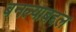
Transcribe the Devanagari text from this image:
बनल्याबद्दल